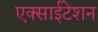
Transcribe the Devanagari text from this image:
एक्साईटेशन